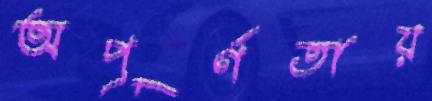
অপূর্ণতায়